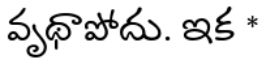
వృథాపోదు. ఇక *